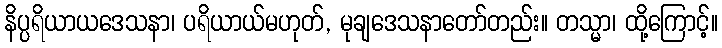
နိပ္ပရိယာယဒေသနာ၊ ပရိယာယ်မဟုတ်, မုချဒေသနာတော်တည်း။ တသ္မာ၊ ထို့ကြောင့်။